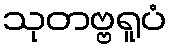
သုတဗ္ဗရူပံ